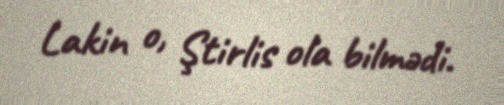
Lakin o, Ştirlis ola bilmədi.